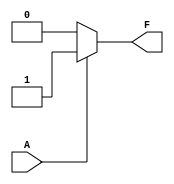
module single_variable_kmap (
    input wire A,        // 1-bit input variable
    output wire F       // Output representing the simplified Boolean function
);

// Define the outputs based on the K-map simplification
parameter F0 = 1'b0;  // Output when A = 0
parameter F1 = 1'b1;  // Output when A = 1

// Combinational logic to determine output F based on input A
assign F = (A == 1'b0) ? F0 : F1;

endmodule